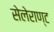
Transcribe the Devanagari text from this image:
सेलेराण्ट